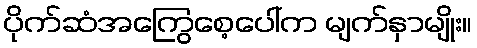
ပိုက်ဆံအကြွေစေ့ပေါ်က မျက်နှာမျိုး။